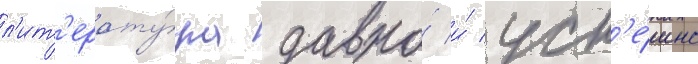
л'ит'ерату́ра давно́ и́ усп'е́шно